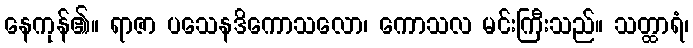
နေကုန်၏။ ရာဇာ ပသေနဒိကောသလော၊ ကောသလ မင်းကြီးသည်။ သတ္ထာရံ၊